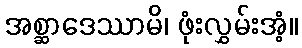
အစ္ဆာဒေဿာမိ၊ ဖုံးလွှမ်းအံ့။